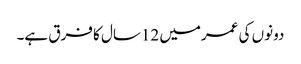
دونوں کی عمرمیں 12سال کا فرق ہے۔